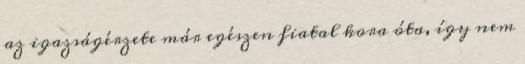
az igazságérzete már egészen fiatal kora óta, így nem